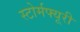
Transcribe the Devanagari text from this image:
स्टोर्मफ्यूरी